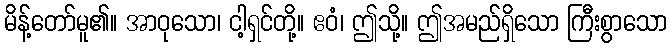
မိန့်တော်မူ၏။ အာဝုသော၊ ငါ့ရှင်တို့။ ဧဝံ၊ ဤသို့။ ဤအမည်ရှိသော ကြီးစွာသော